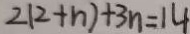
2 ( 2 + n ) + 3 n = 1 4